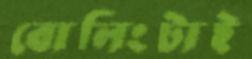
বোলিংটাই